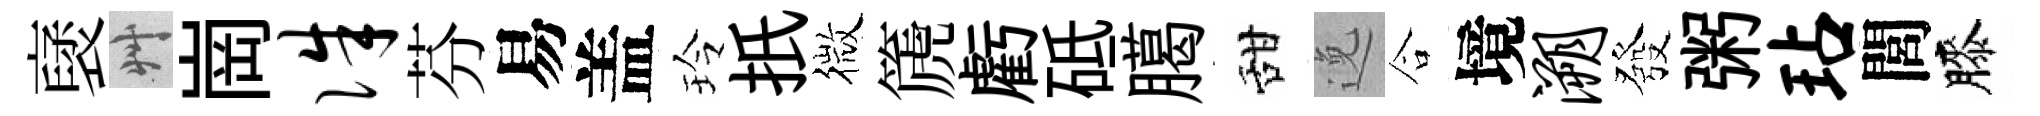
裦艸崗侏芬易盖玲扺微篪虧砥臈甜𨓜合境溯發粥玷閭膝